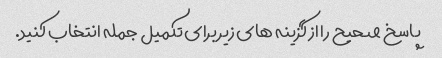
پاسخ صحیح را از گزینه های زیر برای تکمیل جمله انتخاب کنید.